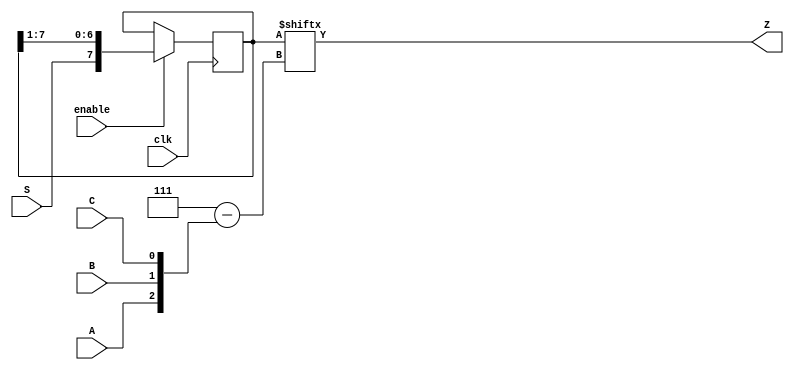
module top_module (
    input clk,
    input enable,
    input S,
    input A, B, C,
    output Z ); 
    wire[0:7] q;
    always@(posedge clk)
        if (enable) begin
            q[0:7] <= {S,q[0:6]};
        end
    assign Z = q[{A,B,C}];
endmodule